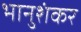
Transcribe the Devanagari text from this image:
भानुशंकर